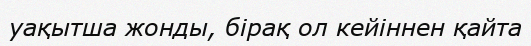
уақытша жонды, бірақ ол кейіннен қайта